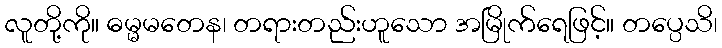
လူတို့ကို။ ဓမ္မမတေန၊ တရားတည်းဟူသော အမြိုက်ရေဖြင့်။ တပ္ပေသိ၊